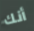
أنك